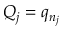
Q _ { j } = q _ { n _ { j } }